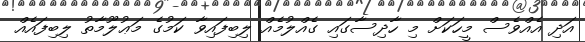
އަދި އެއްވެސް މީހަކަށް މި ހާދިސާގައި ގެއްލުމެއް ލިބިފައިވާ ކަމުގެ މަޢުލޫމާތު ލިބިފައެއް